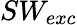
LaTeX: SW_{exc}